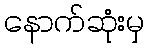
နောက်ဆုံးမှ